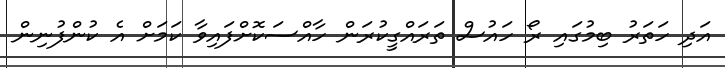
އަދި ހަތަރު ބިމުގައި ރޯ ހައުސް ތަރައްގީކުރަން ހާއްސަކޮށްފައިވާ ކަމަށް އެ ކުންފުނިން